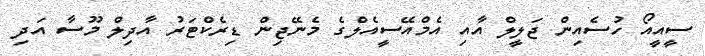
ސީއީއޯ ހުސެއިން ޖަލީލް އާއި އެމްއޭސީއެލްގެ މެނޭޖިން ޑިރެކްޓަރު އާދިލް މޫސާ އަދި